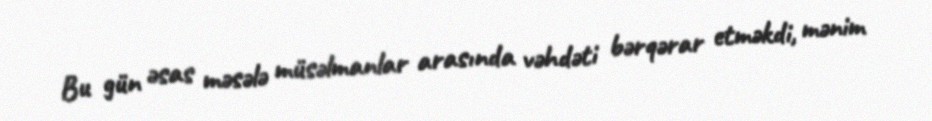
Bu gün əsas məsələ müsəlmanlar arasında vəhdəti bərqərar etməkdi, mənim